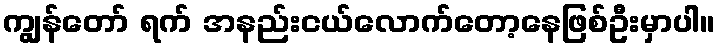
ကျွန်တော် ရက် အနည်းငယ်လောက်တော့နေဖြစ်ဦးမှာပါ။